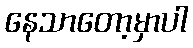
နေသာတော့မှာပါ